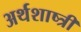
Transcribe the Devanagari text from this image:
अर्थशाष्त्री